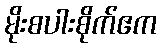
မိုးစပါးစိုက်ဧက